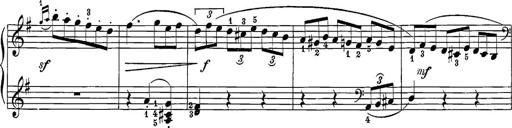
Title: 12 Sonatine per Pianoforte
Composer: Friedrich Kuhlau